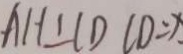
A H \bot C D C D = x